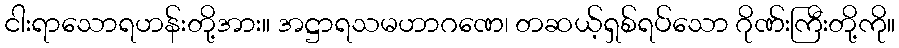
ငါးရာသောရဟန်းတို့အား။ အဋ္ဌာရသမဟာဂဏေ၊ တဆယ့်ရှစ်ရပ်သော ဂိုဏ်းကြီးတို့ကို။